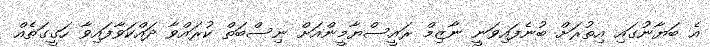
އެ ބަޔާނުގައި އިތުރަށް ބުނެފައިވަނީ ނާޒިމް ރައީސްޔާމީންއަށް ނިސްބަތް ކުރައްވާ ދައްކަވާފައިވާ ހަގީގަތެއް